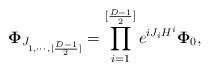
LaTeX: \begin{align*}{\bf \Phi}_{J_{1,\cdots,[{{D-1}\over 2}]}} =\prod_{i=1}^{[{{D-1}\over 2}]}e^{{iJ_iH^i}}{\bf \Phi}_0,\end{align*}